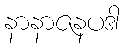
နာနာဇနပဒါ